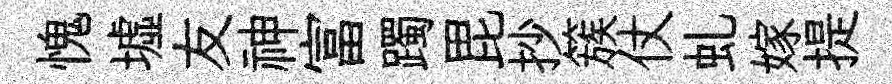
愧墟友神富躅毘抄簇仗虬嫁提